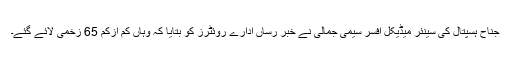
جناح ہسپتال کی سینئر میڈیکل افسر سیمی جمالی نے خبر رساں ادارے روئٹرز کو بتایا کہ وہاں کم ازکم 65 زخمی لائے گئے۔